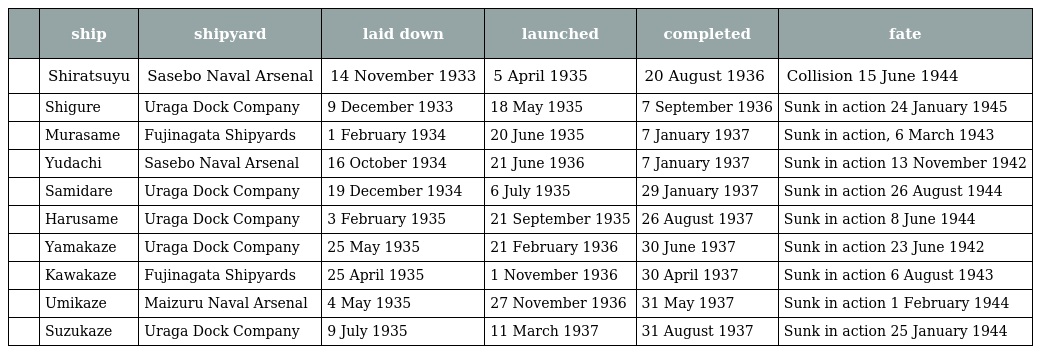
|  | ship | shipyard | laid down | launched | completed | fate |
 | --- | --- | --- | --- | --- | --- | --- |
 | 白露 | Shiratsuyu | Sasebo Naval Arsenal | 14 November 1933 | 5 April 1935 | 20 August 1936 | Collision 15 June 1944 |
 | 時雨 | Shigure | Uraga Dock Company | 9 December 1933 | 18 May 1935 | 7 September 1936 | Sunk in action 24 January 1945 |
 | 村雨 | Murasame | Fujinagata Shipyards | 1 February 1934 | 20 June 1935 | 7 January 1937 | Sunk in action, 6 March 1943 |
 | 夕立 | Yudachi | Sasebo Naval Arsenal | 16 October 1934 | 21 June 1936 | 7 January 1937 | Sunk in action 13 November 1942 |
 | 五月雨 | Samidare | Uraga Dock Company | 19 December 1934 | 6 July 1935 | 29 January 1937 | Sunk in action 26 August 1944 |
 | 春雨 | Harusame | Uraga Dock Company | 3 February 1935 | 21 September 1935 | 26 August 1937 | Sunk in action 8 June 1944 |
 | 山風 | Yamakaze | Uraga Dock Company | 25 May 1935 | 21 February 1936 | 30 June 1937 | Sunk in action 23 June 1942 |
 | 江風 | Kawakaze | Fujinagata Shipyards | 25 April 1935 | 1 November 1936 | 30 April 1937 | Sunk in action 6 August 1943 |
 | 海風 | Umikaze | Maizuru Naval Arsenal | 4 May 1935 | 27 November 1936 | 31 May 1937 | Sunk in action 1 February 1944 |
 | 涼風 | Suzukaze | Uraga Dock Company | 9 July 1935 | 11 March 1937 | 31 August 1937 | Sunk in action 25 January 1944 |